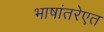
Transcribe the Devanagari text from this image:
भाषांतरेएत